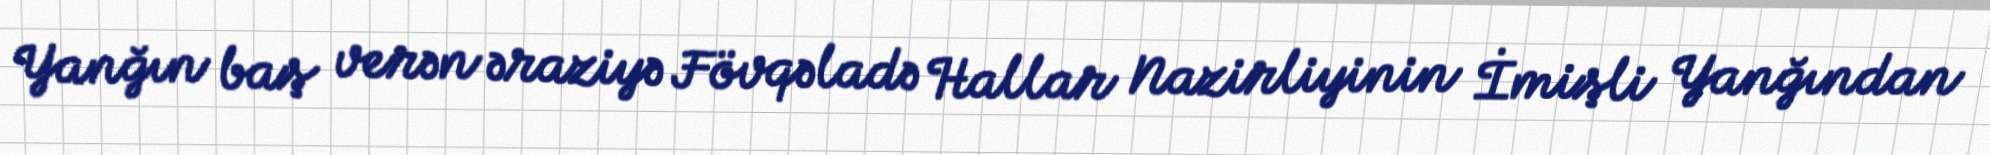
Yanğın baş verən əraziyə Fövqəladə Hallar Nazirliyinin İmişli Yanğından